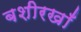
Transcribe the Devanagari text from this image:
बशीरखाँ